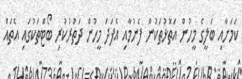
ކަމަށާއި ބަލީގެ މީހުން އަތޮޅުތަކުން ފެނުމާއި އެފަދަ މީހުން ދަތުރުކުރި ބޯޓްތަކުގައި އެތައް